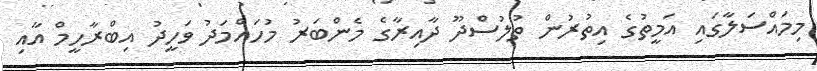
މިމައްސަލާގައި އަމީތުގެ އިތުރުން ތުލުސްދޫ ދާއިރާގެ މެންބަރު މުހައްމަދު ވަހީދު އިބްރާހީމް އާއި